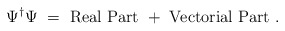
\begin{align*}\Psi^{\dag} \Psi ~=~\mbox{Real Part}~+~\mbox{Vectorial Part}~.\end{align*}